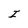
Character: I